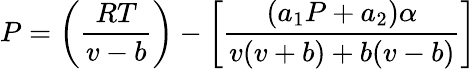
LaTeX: P=\left({\frac{RT}{v-b}}\right)-\left[{\frac{(a_{1}P+a_{2})\alpha}{v(v+b)+b(v-b)}}\right]